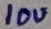
Text: 10u